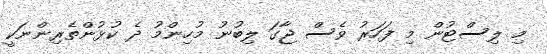
މި ލިސްޓުން މި ފަހަރު ވެސް ޖާގަ ލިބުނު މުހިންމު ދެ ކުޅުންތެރިންނަކީ